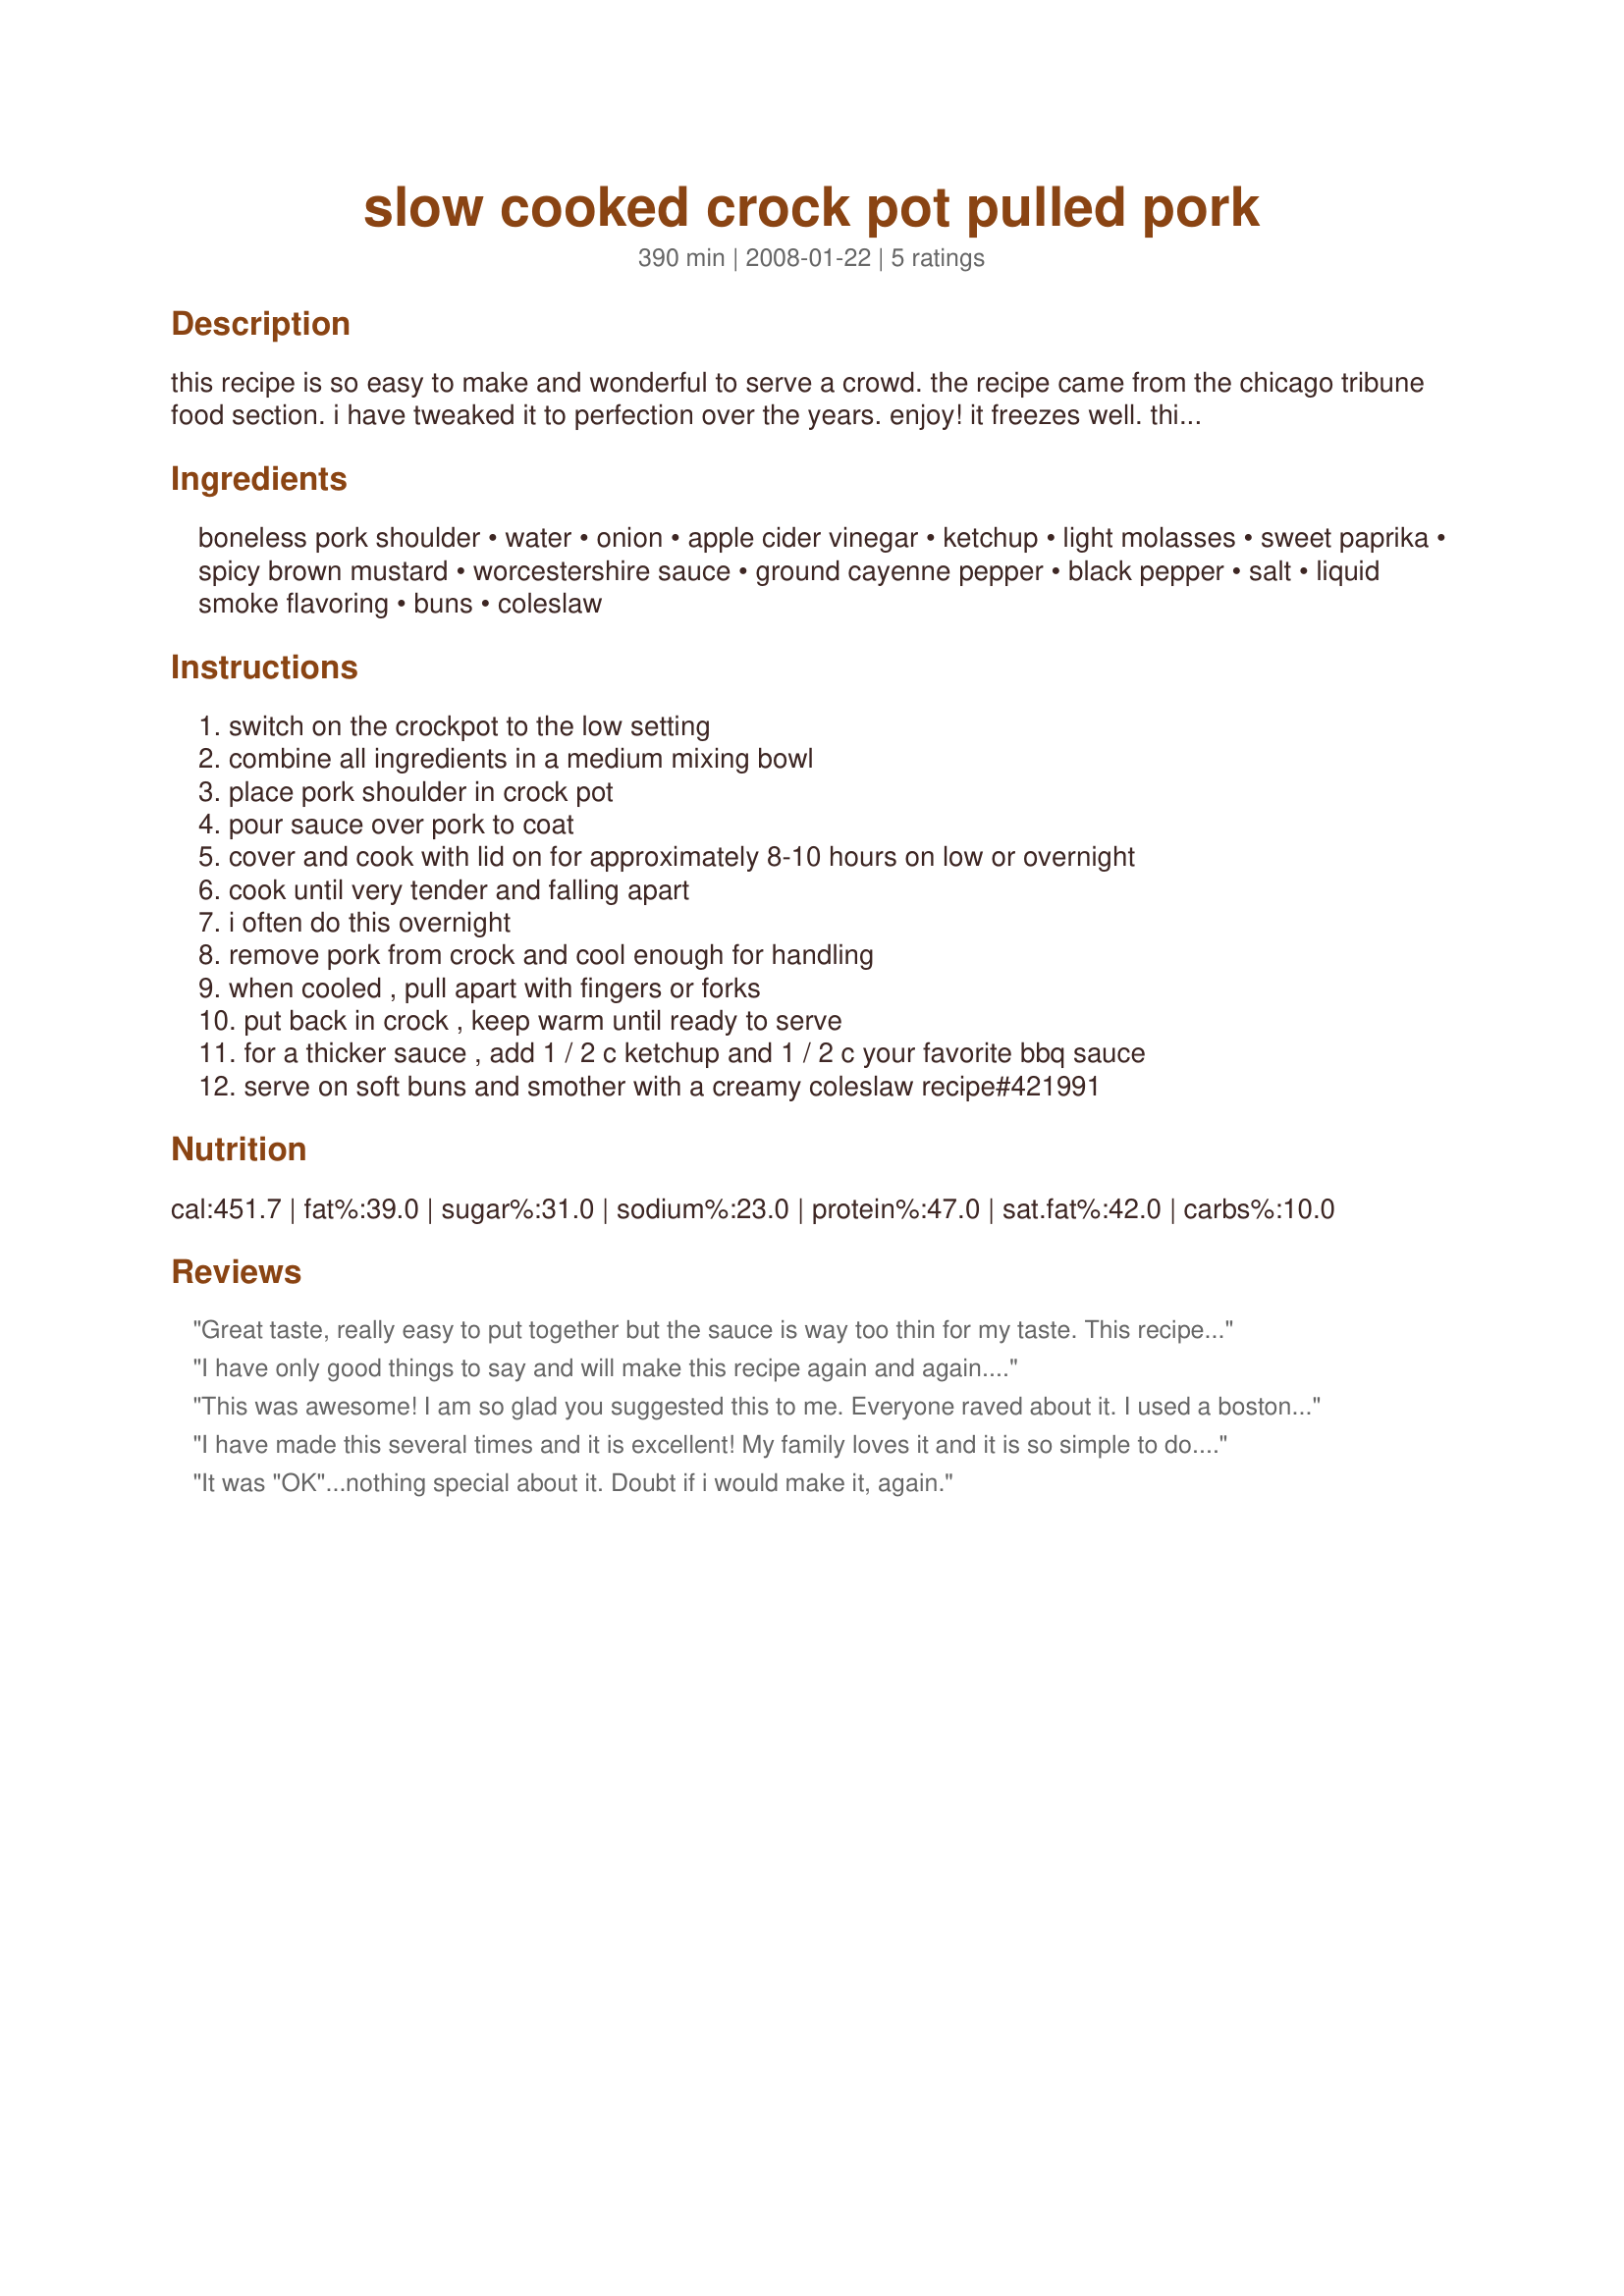
slow cooked crock pot pulled pork
Preparation time: 390 minutes

this recipe is so easy to make and wonderful to serve a crowd.
the recipe came from the chicago tribune food section. i have tweaked it to perfection over the years. enjoy! it freezes well.
this can be made in the crock pot overnight and finished in the morning and be ready for lunch! this is not a saucy pulled pork but that can be easily remedied by adding your fave bbq sauce or by following my suggestion. update 5/10: top with recipe#421991

Ingredients:
boneless pork shoulder, water, onion, apple cider vinegar, ketchup, light molasses, sweet paprika, spicy brown mustard, worcestershire sauce, ground cayenne pepper, black pepper, salt, liquid smoke flavoring, buns, coleslaw

Steps:
switch on the crockpot to the low setting, combine all ingredients in a medium mixing bowl, place pork shoulder in crock pot, pour sauce over pork to coat, cover and cook with lid on for approximately 8-10 hours on low or overnight, cook until very tender and falling apart, i often do this overnight, remove pork from crock and cool enough for handling, when cooled , pull apart with fingers or forks, put back in crock , keep warm until ready to serve, for a thicker sauce , add 1 / 2 c ketchup and 1 / 2 c your favorite bbq sauce, serve on soft buns and smother with a creamy coleslaw recipe#421991

Reviews:
Great taste, really easy to put together but the sauce is way too thin for my taste. This recipe also happens to be exactly the same as one I have from Good Housekeeping.
I have only good things to say and will make this recipe again and again....
This was awesome! I am so glad you suggested this to me. Everyone raved about it. I used a boston butt pork roast and the meat came out so tender. The sauce was tangy and sweet and delicious. It was so good I didn't want to put it on a bun. I can't give this enough stars. I will never make another version of pulled pork, this rocks.
I have made this several times and it is excellent! My family loves it and it is so simple to do. I have been asked for the recipe and email it from the Recipezaar site. We just had it two weeks ago and I will be making it again this weekend by popular request!
It was "OK"...nothing special about it. Doubt if i would make it, again.
